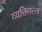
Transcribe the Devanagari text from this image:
व्यक्तिमत्त्त्व